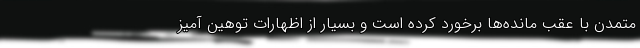
متمدن با عقب مانده‌ها برخورد کرده است و بسیار از اظهارات توهین آمیز